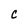
Character: C